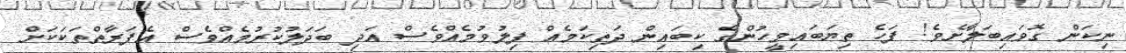
ނިކަން ގޮވައިބަލާށެވެ! ފަހެ ތިޔަބައިމީހުންގެ ކިބައިން ދަތިކަމެއް ފިލުވުމެއްވެސް އަދި ބަދަލުކުރުމެއްވެސް އެފަރާތްތަކަކަށް